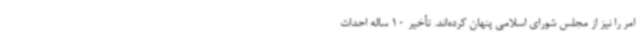
امر را نیز از مجلس شورای اسلامی پنهان کرده‌اند. تأخیر 10 ساله احداث